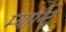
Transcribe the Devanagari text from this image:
म्याग्दि